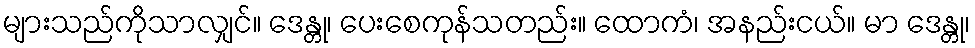
များသည်ကိုသာလျှင်။ ဒေန္တု၊ ပေးစေကုန်သတည်း။ ထောကံ၊ အနည်းငယ်။ မာ ဒေန္တု၊